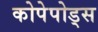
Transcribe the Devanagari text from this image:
कोपेपोड्स